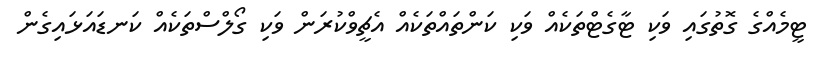
ޓީމެއްގެ ގޮތުގައި ވަކި ޓާގެޓްތަކެއް ވަކި ކަންތައްތަކެއް އެޗީވްކުރަން ވަކި ގޯލްސްތަކެއް ކަނޑައަޅައިގެން